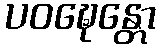
ပဝဍ္ဎေန္တော